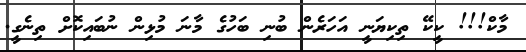
މާކް!!! ކީކޭ ތިކިޔަނީ އަހަރެން ބުނި ބަހުގެ މާނަ މުޅިން ނުބައިކޮށް ތިނެގީ.